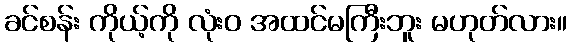
ခင်စန်း ကိုယ့်ကို လုံးဝ အထင်မကြီးဘူး မဟုတ်လား။